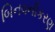
બિનવનીકરણ